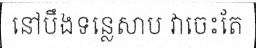
នៅបឹងទន្លេសាប វាចេះតែ